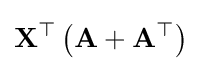
\mathbf {X} ^{\top }\left(\mathbf {A} +\mathbf {A} ^{\top }\right)